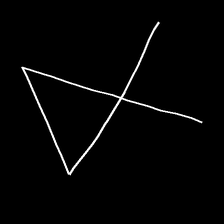
Glyph: collection